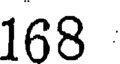
168